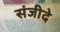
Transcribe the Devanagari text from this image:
संजीदे